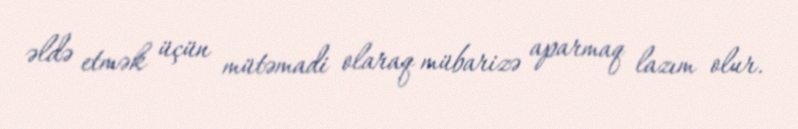
əldə etmək üçün mütəmadi olaraq mübarizə aparmaq lazım olur.